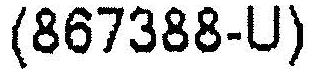
(867388-U)